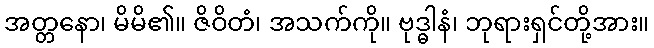
အတ္တနော၊ မိမိ၏။ ဇိဝိတံ၊ အသက်ကို။ ဗုဒ္ဓါနံ၊ ဘုရားရှင်တို့အား။